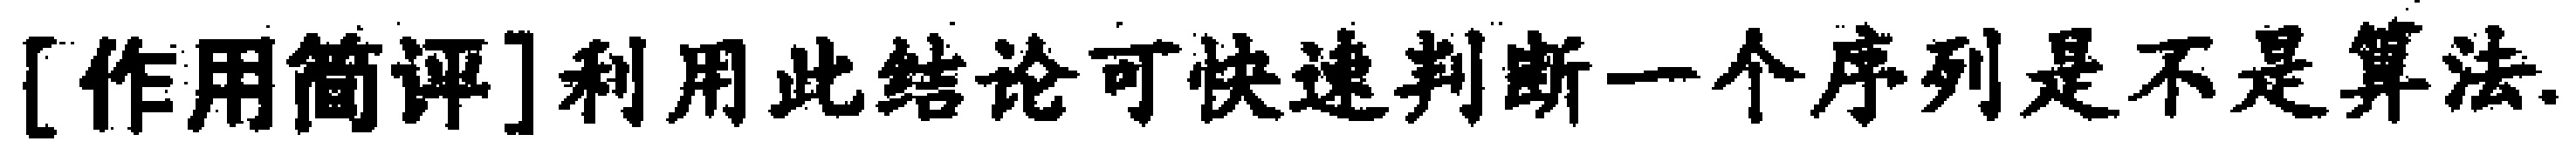
[作用简评]利用此结论可快速判断一个序列是不是算法.